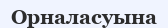
Орналасуына